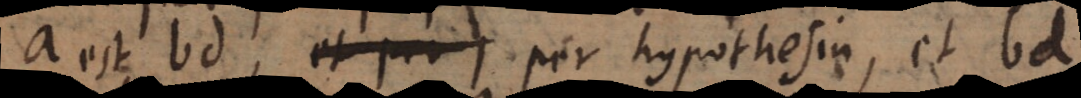
a est bd, et pro per hypothesin, et bd